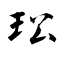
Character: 玜